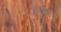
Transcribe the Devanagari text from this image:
ब्राह्ममनो